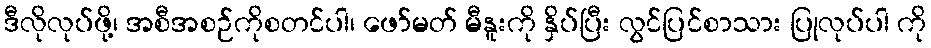
ဒီလိုလုပ်ဖို့၊ အစီအစဉ်ကိုစတင်ပါ၊ ဖော်မတ် မီနူးကို နှိပ်ပြီး လွင်ပြင်စာသား ပြုလုပ်ပါ ကို